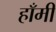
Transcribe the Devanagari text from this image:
हाँमी